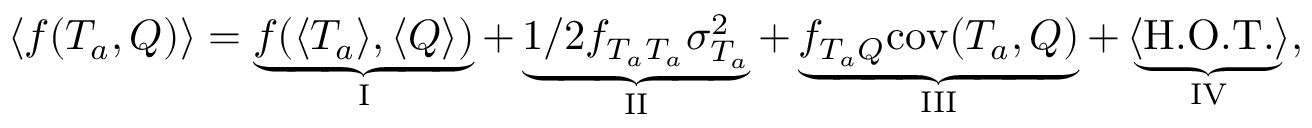
\langle f ( T _ { a } , Q ) \rangle = \underbrace { f ( \langle T _ { a } \rangle , \langle Q \rangle ) } _ { \mathrm { I } } + \underbrace { 1 / 2 f _ { T _ { a } T _ { a } } \sigma _ { T _ { a } } ^ { 2 } } _ { \mathrm { I I } } + \underbrace { f _ { T _ { a } Q } \mathrm { c o v } ( T _ { a } , Q ) } _ { \mathrm { I I I } } + \underbrace { \langle \mathrm { H . O . T . } \rangle } _ { \mathrm { I V } } ,